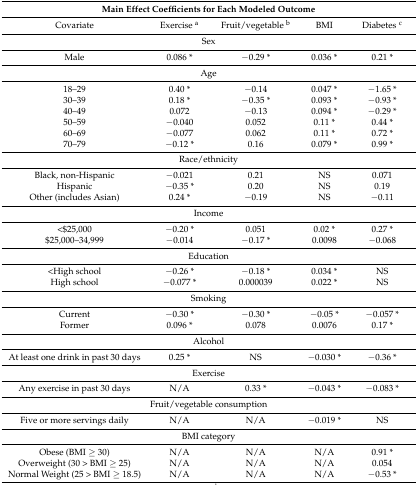
<table><thead><tr><td colspan="5"><b>Main Effect Coefficients for Each Modeled Outcome</b></td></tr></thead><tbody><tr><td>Covariate</td><td>Exercise <sup>a</sup></td><td>Fruit/vegetable <sup>b</sup></td><td>BMI</td><td>Diabetes <sup>c</sup></td></tr><tr><td colspan="5">Sex</td></tr><tr><td>Male</td><td>0.086 *</td><td>−0.29 *</td><td>0.036 *</td><td>0.21 *</td></tr><tr><td colspan="5">Age</td></tr><tr><td>18–29</td><td>0.40 *</td><td>−0.14</td><td>0.047 *</td><td>−1.65 *</td></tr><tr><td>30–39</td><td>0.18 *</td><td>−0.35 *</td><td>0.093 *</td><td>−0.93 *</td></tr><tr><td>40–49</td><td>0.072</td><td>−0.13</td><td>0.094 *</td><td>−0.29 *</td></tr><tr><td>50–59</td><td>−0.040</td><td>0.052</td><td>0.11 *</td><td>0.44 *</td></tr><tr><td>60–69</td><td>−0.077</td><td>0.062</td><td>0.11 *</td><td>0.72 *</td></tr><tr><td>70–79</td><td>−0.12 *</td><td>0.16</td><td>0.079 *</td><td>0.99 *</td></tr><tr><td colspan="5">Race/ethnicity</td></tr><tr><td>Black, non-Hispanic</td><td>−0.021</td><td>0.21</td><td>NS</td><td>0.071</td></tr><tr><td>Hispanic</td><td>−0.35 *</td><td>0.20</td><td>NS</td><td>0.19</td></tr><tr><td>Other (includes Asian)</td><td>0.24 *</td><td>−0.19</td><td>NS</td><td>−0.11</td></tr><tr><td colspan="5">Income</td></tr><tr><td>&lt;$25,000</td><td>−0.20 *</td><td>0.051</td><td>0.02 *</td><td>0.27 *</td></tr><tr><td>$25,000–34,999</td><td>−0.014</td><td>−0.17 *</td><td>0.0098</td><td>−0.068</td></tr><tr><td colspan="5">Education</td></tr><tr><td>&lt;High school</td><td>−0.26 *</td><td>−0.18 *</td><td>0.034 *</td><td>NS</td></tr><tr><td>High school</td><td>−0.077 *</td><td>0.000039</td><td>0.022 *</td><td>NS</td></tr><tr><td colspan="5">Smoking</td></tr><tr><td>Current</td><td>−0.30 *</td><td>−0.30 *</td><td>−0.05 *</td><td>−0.057 *</td></tr><tr><td>Former</td><td>0.096 *</td><td>0.078</td><td>0.0076</td><td>0.17 *</td></tr><tr><td colspan="5">Alcohol</td></tr><tr><td>At least one drink in past 30 days</td><td>0.25 *</td><td>NS</td><td>−0.030 *</td><td>−0.36 *</td></tr><tr><td colspan="5">Exercise</td></tr><tr><td>Any exercise in past 30 days</td><td>N/A</td><td>0.33 *</td><td>−0.043 *</td><td>−0.083 *</td></tr><tr><td colspan="5">Fruit/vegetable consumption</td></tr><tr><td>Five or more servings daily</td><td>N/A</td><td>N/A</td><td>−0.019 *</td><td>NS</td></tr><tr><td colspan="5">BMI category</td></tr><tr><td>Obese (BMI ≥ 30)</td><td>N/A</td><td>N/A</td><td>N/A</td><td>0.91 *</td></tr><tr><td>Overweight (30 &gt; BMI ≥ 25)</td><td>N/A</td><td>N/A</td><td>N/A</td><td>0.054</td></tr><tr><td>Normal Weight (25 &gt; BMI ≥ 18.5)</td><td>N/A</td><td>N/A</td><td>N/A</td><td>−0.53 *</td></tr></tbody></table>